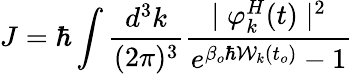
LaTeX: J=\hbar\int\frac{d^{3}k}{(2\pi)^{3}}\frac{\mid\varphi_{k}^{H}(t)\mid^{2}}{e^{\beta_{o}\hbar{\cal{W}}_{k}(t_{o})}-1}